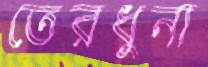
তেরধুনা